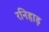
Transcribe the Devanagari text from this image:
रनिहाड़